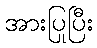
အားပြုပြီး